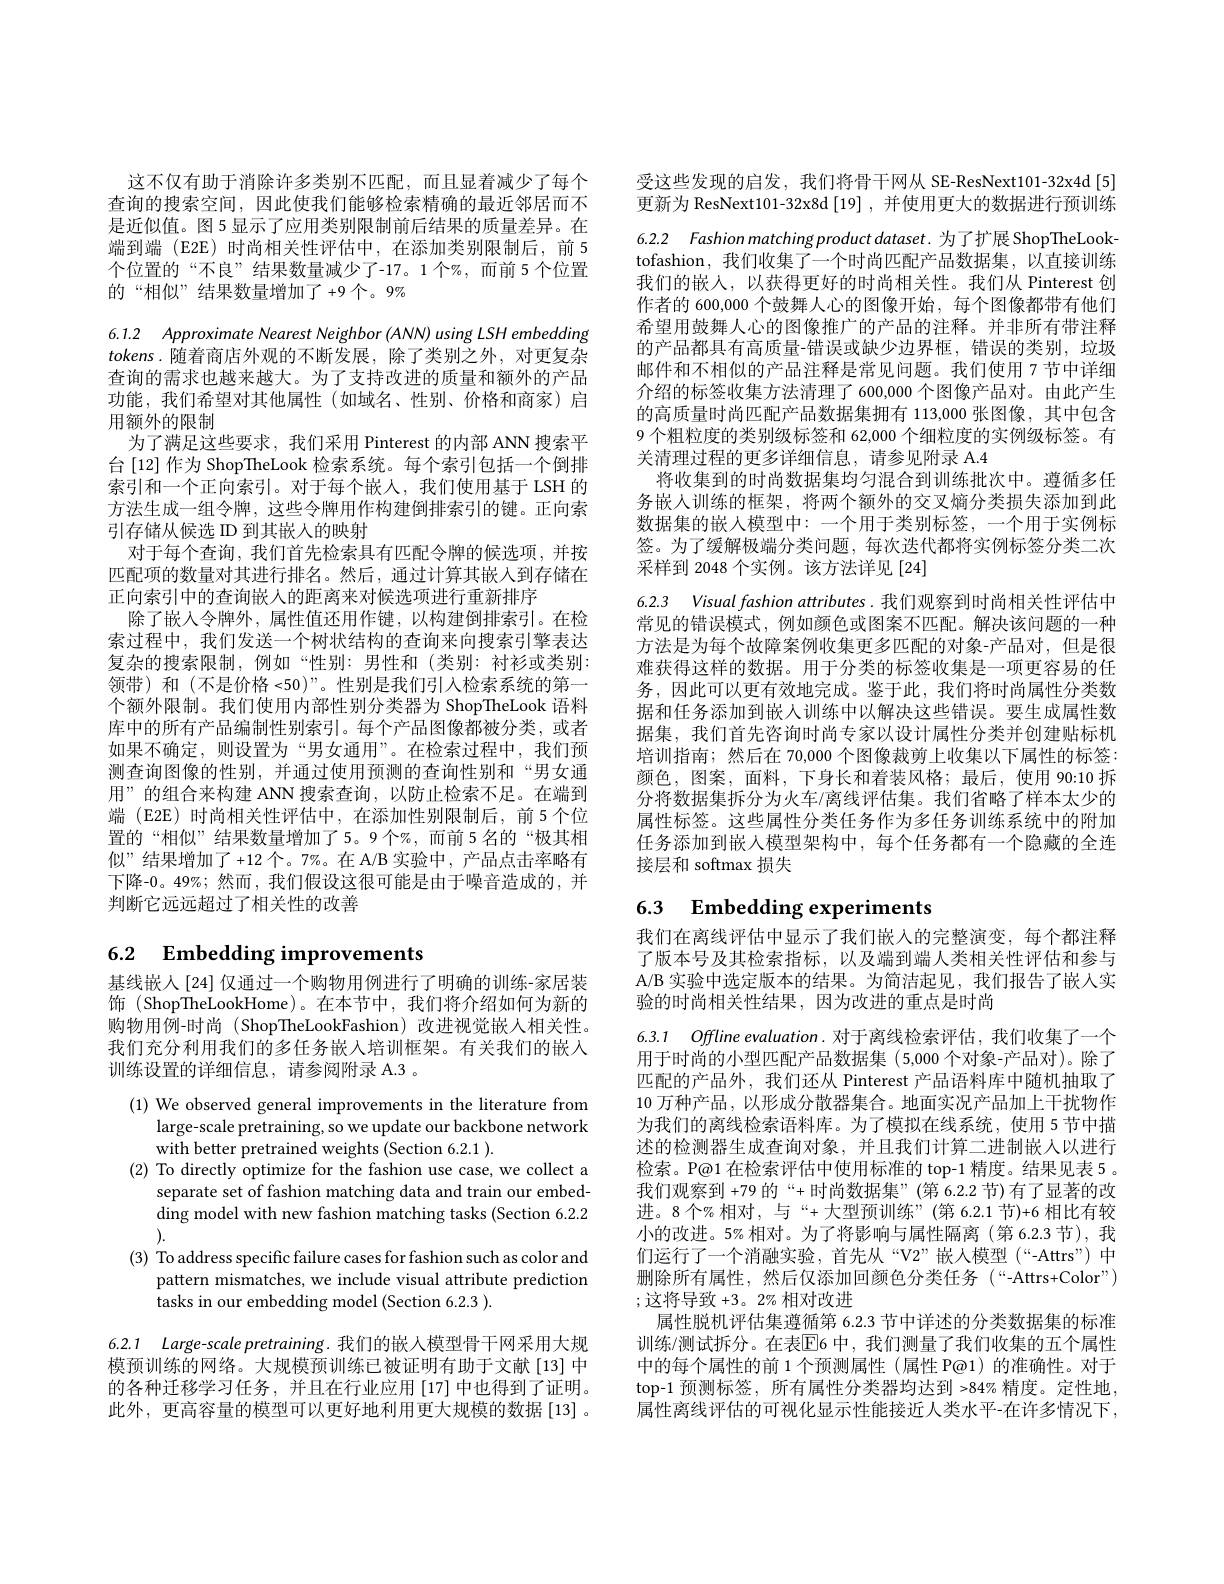
这不仅有助于消除许多类别不匹配，而且显着减少了每个查询的搜索空间，因此使我们能够检索精确的最近邻居而不是近似值。图 5 显示了应用类别限制前后结果的质量差异。在端到端 (E2E) 时尚相关性评估中，在添加类别限制后，前 5个位置的“不良”结果数量减少了-17。1个%,而前5个位置的“相似”结果数量增加了+9个。9%

6.1.2 Approximate Nearest Neighbor (ANN) using LSH embedding $tokens.$随着商店外观的不断发展，除了类别之外，对更复杂查询的需求也越来越大。为了支持改进的质量和额外的产品功能，我们希望对其他属性(如域名、性别、价格和商家)启用额外的限制
为了满足这些要求，我们采用 Pinterest 的内部 ANN 搜索平台[12]作为 ShopTheLook 检索系统。每个索引包括一个倒排索引和一个正向索引。对于每个嵌人，我们使用基于 LSH 的方法生成一组令牌，这些令牌用作构建倒排索引的键。正向索引存储从候选 ID 到其嵌人的映射
对于每个查询，我们首先检索具有匹配令牌的候选项，并按匹配项的数量对其进行排名。然后，通过计算其嵌入到存储在正向索引中的查询嵌人的距离来对候选项进行重新排序
除了嵌人令牌外，属性值还用作键，以构建倒排索引。在检索过程中，我们发送一个树状结构的查询来向搜索引擎表达复杂的搜索限制，例如“性别：男性和(类别：衬衫或类别： 领带)和 (不是价格 <50)”。性别是我们引入检索系统的第一个额外限制。我们使用内部性别分类器为 ShopTheLook 语料库中的所有产品编制性别索引。每个产品图像都被分类，或者如果不确定，则设置为“男女通用”。在检索过程中，我们预测查询图像的性别，并通过使用预测的查询性别和“男女通用”的组合来构建 ANN 搜索查询，以防止检索不足。在端到端 (E2E) 时尚相关性评估中，在添加性别限制后，前5个位置的“相似”结果数量增加了5。9个%,而前5名的“极其相似”结果增加了+12个。7%。在A/B 实验中，产品点击率略有下降-0。49%; 然而，我们假设这很可能是由于噪音造成的，并判断它远远超过了相关性的改善

# 6.2 $\textbf{Embedding improvements}$

基线嵌人[24] 仅通过一个购物用例进行了明确的训练-家居装饰 (ShopTheLookHome)。在本节中，我们将介绍如何为新的购物用例-时尚(ShopTheLookFashion)改进视觉嵌人相关性。我们充分利用我们的多任务嵌入培训框架。有关我们的嵌入训练设置的详细信息，请参阅附录 A.3 。

(1) We observed general improvements in the literature from
large-scale pretraining, so we update our backbone network
with better pretrained weights (Section 6.2.1 ).
(2) To directly optimize for the fashion use case, we collect a
separate set of fashion matching data and train our embedding model with new fashion matching tasks (Section 6.2.2 ).
(3) To address specific failure cases for fashion such as color and
pattern mismatches, we include visual attribute prediction
tasks in our embedding model (Section 6.2.3 ).

6.2.1 Large-scale pretraining. 我们的嵌入模型骨干网采用大规模预训练的网络。大规模预训练已被证明有助于文献[13]中的各种迁移学习任务，并且在行业应用[17]中也得到了证明。此外，更高容量的模型可以更好地利用更大规模的数据[13]。

受这些发现的启发，我们将骨干网从 SE-ResNext101-32x4d[5] 更新为 ResNext101-32x8d[19] ,并使用更大的数据进行预训练6.2.2 Fashion matching product dataset. 为了扩展 ShopTheLooktofashion,我们收集了一个时尚匹配产品数据集，以直接训练我们的嵌人，以获得更好的时尚相关性。我们从 Pinterest 创作者的 600,000 个鼓舞人心的图像开始，每个图像都带有他们希望用鼓舞人心的图像推广的产品的注释。并非所有带注释的产品都具有高质量-错误或缺少边界框，错误的类别，垃圾邮件和不相似的产品注释是常见问题。我们使用 7 节中详细介绍的标签收集方法清理了 600,000 个图像产品对。由此产生的高质量时尚匹配产品数据集拥有 113,000 张图像，其中包含9 个粗粒度的类别级标签和 62,000 个细粒度的实例级标签。有关清理过程的更多详细信息，请参见附录 A.4
将收集到的时尚数据集均匀混合到训练批次中。遵循多任务嵌入训练的框架，将两个额外的交叉熵分类损失添加到此数据集的嵌人模型中：一个用于类别标签，一个用于实例标签。为了缓解极端分类问题，每次迭代都将实例标签分类二次采样到 2048 个实例。该方法详见 [24]

6.2.3 Visual fashion attributes. 我们观察到时尚相关性评估中

常见的错误模式，例如颜色或图案不匹配。解决该问题的一种方法是为每个故障案例收集更多匹配的对象-产品对，但是很难获得这样的数据。用于分类的标签收集是一项更容易的任务，因此可以更有效地完成。鉴于此，我们将时尚属性分类数据和任务添加到嵌人训练中以解决这些错误。要生成属性数据集，我们首先咨询时尚专家以设计属性分类并创建贴标机培训指南；然后在 70,000 个图像裁剪上收集以下属性的标签： 颜色，图案，面料，下身长和着装风格；最后，使用 90:10 拆分将数据集拆分为火车/离线评估集。我们省略了样本太少的属性标签。这些属性分类任务作为多任务训练系统中的附加任务添加到嵌入模型架构中，每个任务都有一个隐藏的全连接层和 softmax 损失

# 6.3 Embedding experiments

我们在离线评估中显示了我们嵌人的完整演变，每个都注释了版本号及其检索指标，以及端到端人类相关性评估和参与A/B 实验中选定版本的结果。为简洁起见，我们报告了嵌入实验的时尚相关性结果，因为改进的重点是时尚

6.3.1 Offline evaluation.对于离线检索评估，我们收集了一个用于时尚的小型匹配产品数据集(5,000个对象-产品对)。除了匹配的产品外，我们还从 Pinterest 产品语料库中随机抽取了10万种产品，以形成分散器集合。地面实况产品加上干扰物作为我们的离线检索语料库。为了模拟在线系统，使用 5 节中描述的检测器生成查询对象，并且我们计算二进制嵌人以进行检索。P@1 在检索评估中使用标准的 top-1 精度。结果见表 5 。我们观察到 +79 的“+时尚数据集”(第 6.2.2 节)有了显著的改进。8个%相对，与“+大型预训练”(第6.2.1节)+6 相比有较小的改进。5%相对。为了将影响与属性隔离(第6.2.3 节),我们运行了一个消融实验，首先从“V2”嵌人模型(“-Attrs”)中删除所有属性，然后仅添加回颜色分类任务(“-Attrs+Color”) ;这将导致+3。2%相对改进
属性脱机评估集遵循第 6.2.3 节中详述的分类数据集的标准训练/测试拆分。在表$\overline{\mathbb{E}}$6 中，我们测量了我们收集的五个属性中的每个属性的前 1 个预测属性 (属性 P@1) 的准确性。对于top-1 预测标签，所有属性分类器均达到 >84% 精度。定性地属性离线评估的可视化显示性能接近人类水平-在许多情况下，